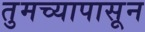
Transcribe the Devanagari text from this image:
तुमच्यापासून